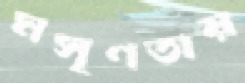
মসৃণতায়